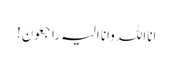
انااللہ وانا الیہ راجعون!